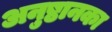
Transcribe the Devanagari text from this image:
अनुष्ठानका